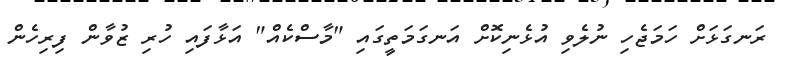
ރަނގަޅަށް ހަމަޖެހި ނުލެވި އުޅެނިކޮށް އަނގަމަތީގައި "މާސްކެއް" އަޅާފައި ހުރި ޒުވާން ފިރިހެން